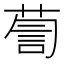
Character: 𮏹